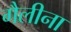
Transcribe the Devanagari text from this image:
गैलीना